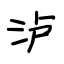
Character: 泸